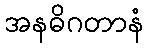
အနဓိဂတာနံ